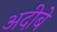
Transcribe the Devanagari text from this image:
अदीबे